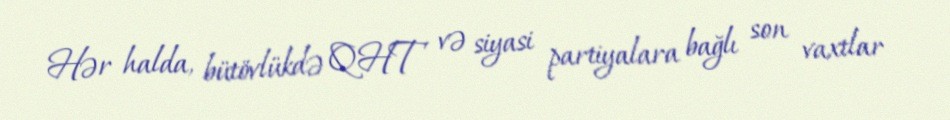
Hər halda, bütövlükdə QHT və siyasi partiyalara bağlı son vaxtlar